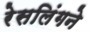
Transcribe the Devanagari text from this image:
रेसलिंगने